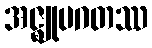
အဇ္ဈုပဂတဿ